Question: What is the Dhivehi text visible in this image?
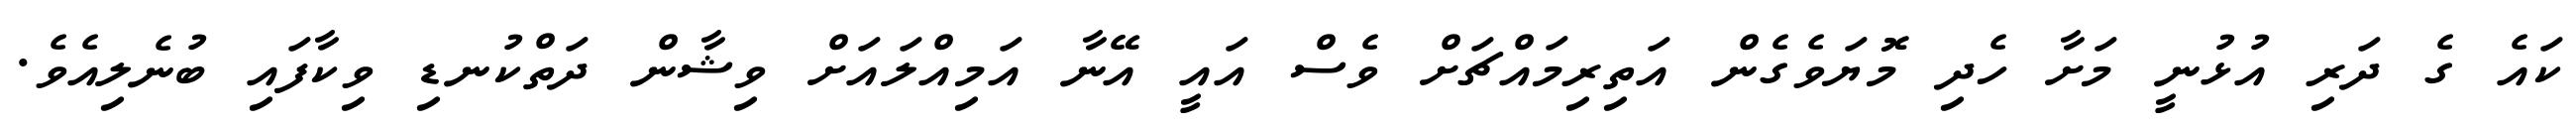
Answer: ކައެ ގެ ދަރި އުޅުނީ މަށާ ހެދި މޮޔަވެގެން އަތިރިމައްޗަށް ވެސް އައީ އޭނާ އަމިއްލައަށް ވިޝާން ދަތްކުނޑި ވިކާފައި ބުނެލިއެވެ.